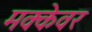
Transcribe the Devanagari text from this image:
मक्केवर